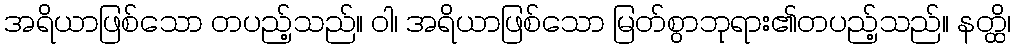
အရိယာဖြစ်သော တပည့်သည်။ ဝါ၊ အရိယာဖြစ်သော မြတ်စွာဘုရား၏တပည့်သည်။ နတ္ထိ၊